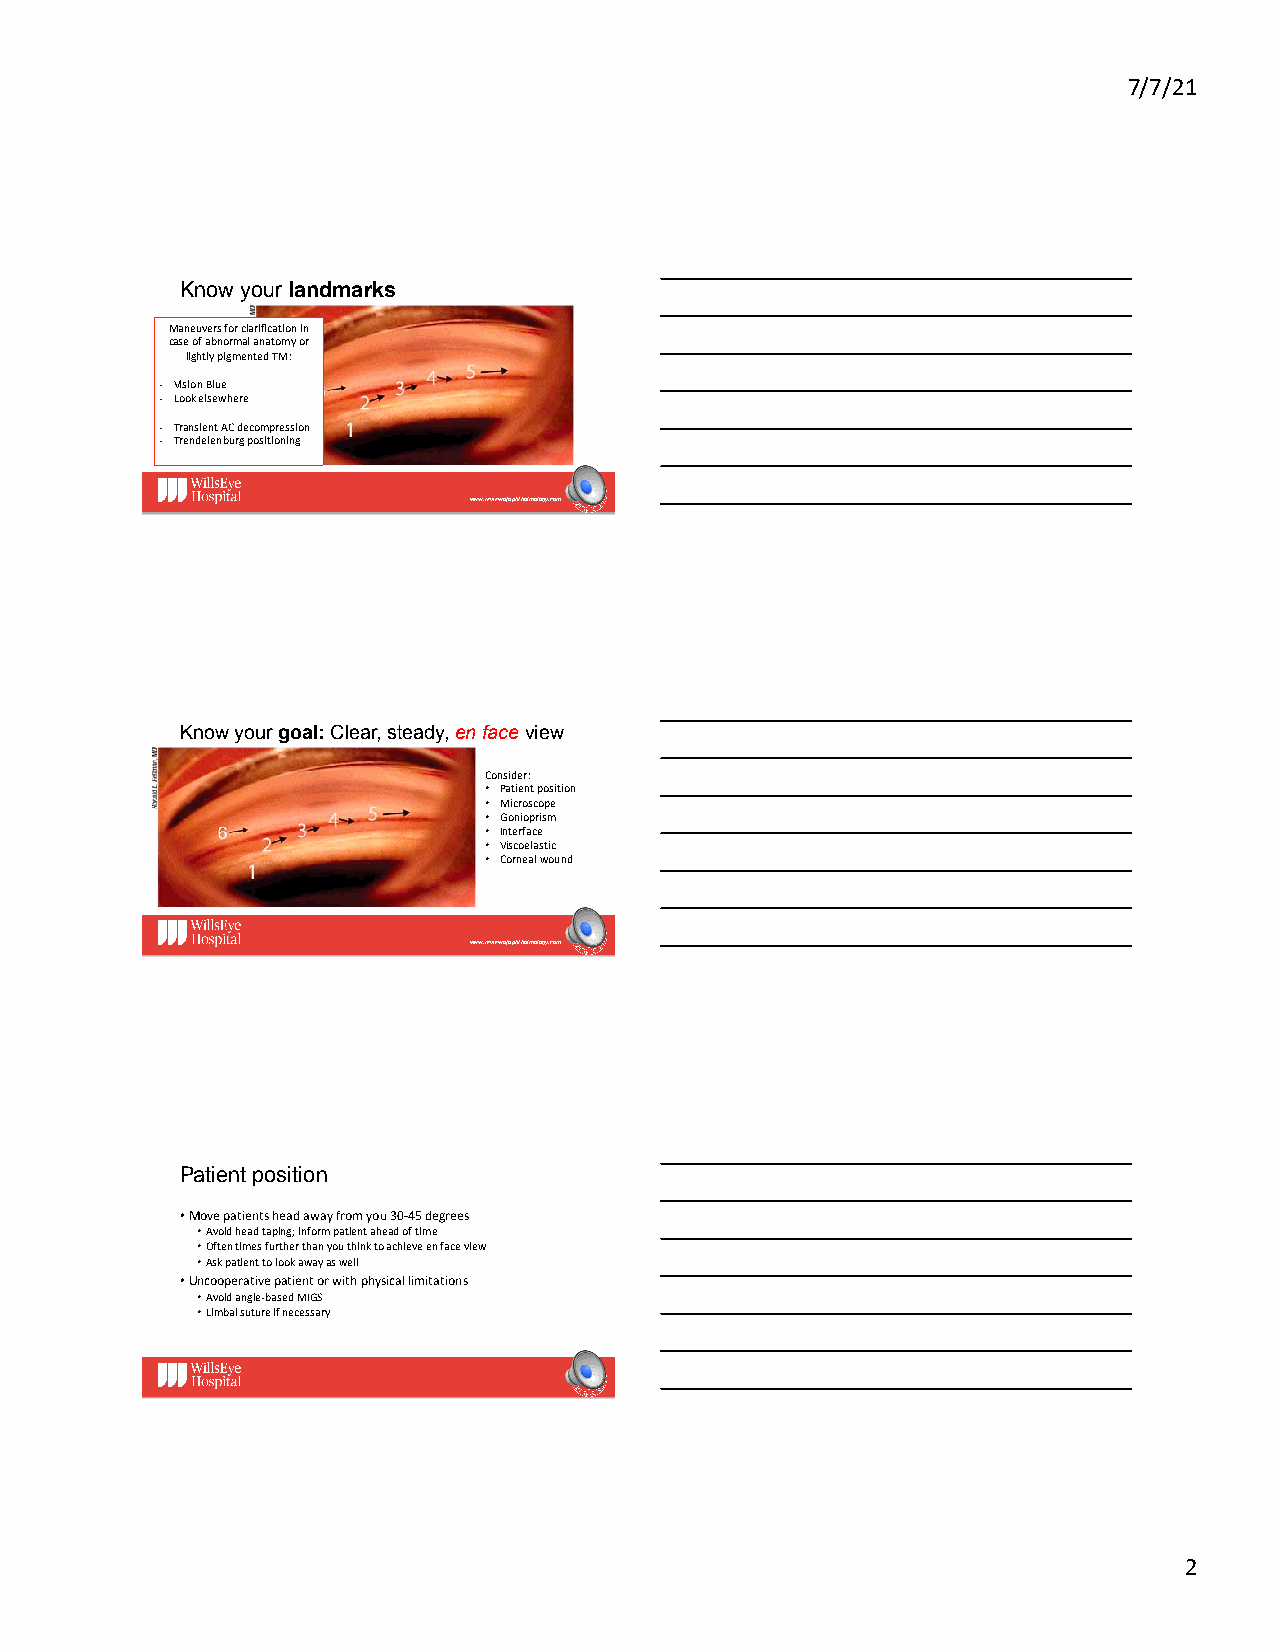
7/7/21
 Know your landmarks
 Maneuvers for clarification in
 case of abnormal anatomy or
 lightly pigmenteWd TaMnt: to look at the angle head on
 - Vision Blue
 - Look elsewhere
 - Transient AC decompression
 - Trendelenburg positioning
 www.reviewofophthalmology.com
 Know your goal: Clear, steady, en face view
 Consider:
 • Patient position
 • Microscope
 • Gonioprism
 • Interface
 • Viscoelastic
 • Corneal wound
 www.reviewofophthalmology.com
 Patient position
 • Move patients head away from you 30-45 degrees
 • Avoid head taping; inform patient ahead of time
 • Often times further than you think to achieve en face view
 • Ask patient to look away as well
 • Uncooperative patient or with physical limitations
 • Avoid angle-based MIGS
 • Limbal suture if necessary
 2